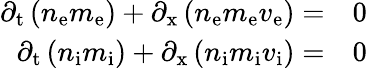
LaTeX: \begin{array}{rl}{\partial_{\mathrm{t}}\left(n_{\mathrm{{e}}}m_{\mathrm{{e}}}\right)+\partial_{\mathrm{x}}\left(n_{\mathrm{{e}}}m_{\mathrm{{e}}}v_{\mathrm{{e}}}\right)=}&{{}0}\\ {\partial_{\mathrm{t}}\left(n_{\mathrm{{i}}}m_{\mathrm{{i}}}\right)+\partial_{\mathrm{x}}\left(n_{\mathrm{{i}}}m_{\mathrm{{i}}}v_{\mathrm{{i}}}\right)=}&{{}0}\end{array}